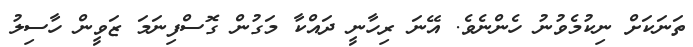
ތަނަކަށް ނިކުމެވުނު ހެންނެވެ. އޭނަ ރިހާނީ ދައްކާ މަގުން ގޮސްފިނަމަ ޒަވީން ހާސިލު